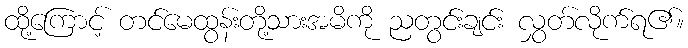
ထို့ကြောင့် တင်မေထွန်းတို့သားအမိကို ညတွင်းချင်း လွှတ်လိုက်ရ၏။